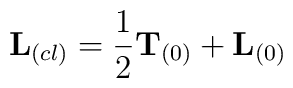
{\bf L}_{(cl)}=\frac{1}{2}{\bf T}_{(0)}+{\bf L}_{(0)}